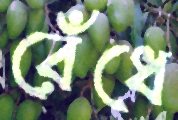
রেঁধে